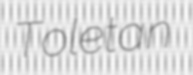
Toletan